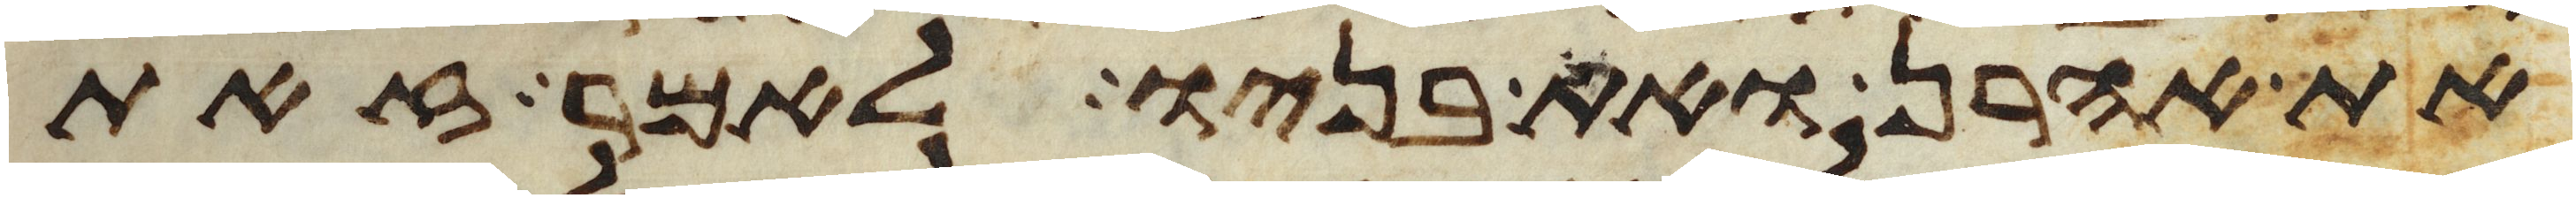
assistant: את אהרן ואת בניו לאמר זאת